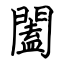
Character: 闔